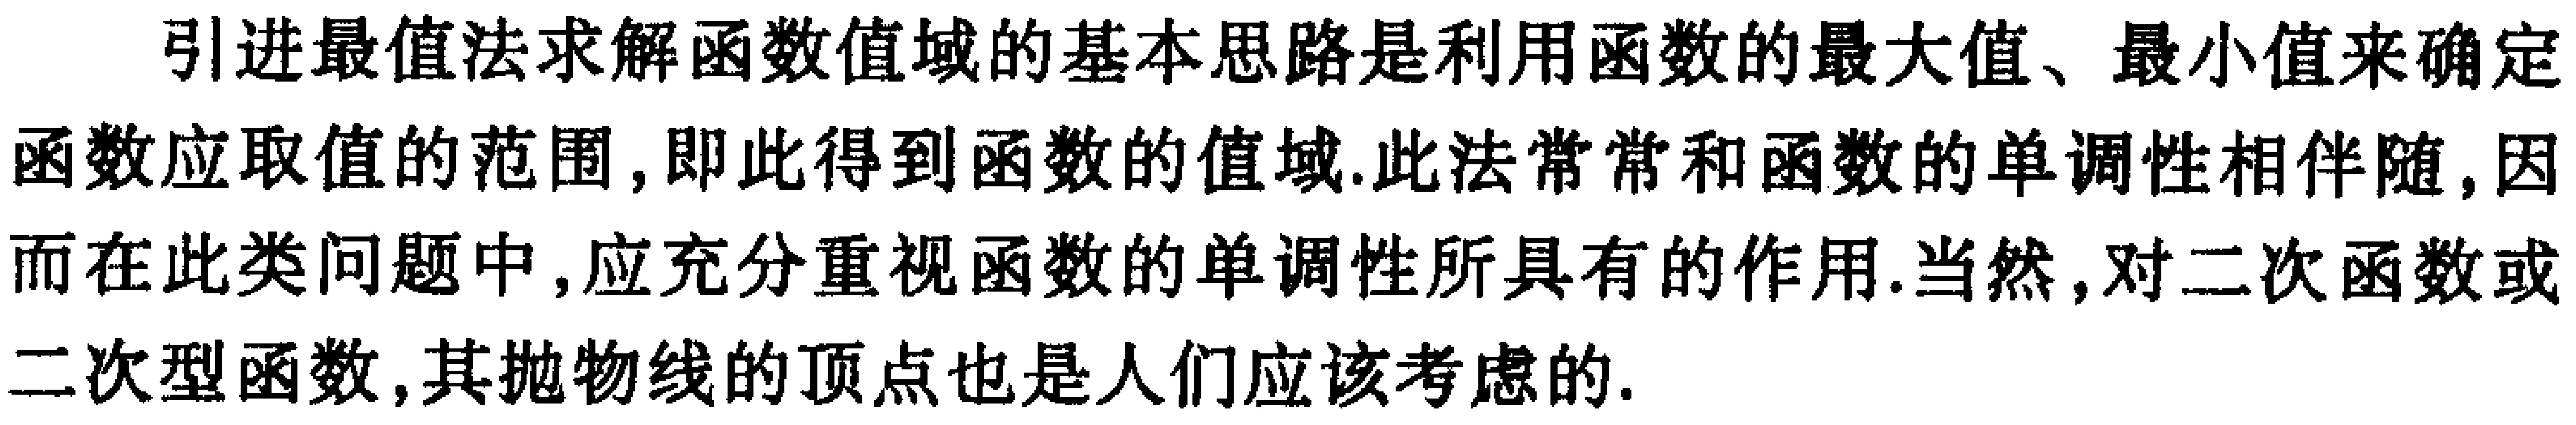
引进最值法求解函数值域的基本思路是利用函数的最大值、最小值来确定函数应取值的范围, 即此得到函数的值域.此法常常和函数的单调性相伴随,因而在此类问题中, 应充分重视函数的单调性所具有的作用.当然, 对二次函数或二次型函数, 其抛物线的顶点也是人们应该考虑的.